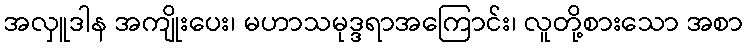
အလှူဒါန အကျိုးပေး၊ မဟာသမုဒ္ဒရာအကြောင်း၊ လူတို့စားသော အစာ